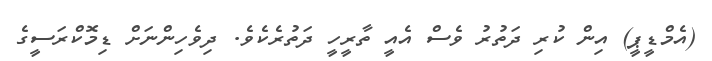
(އެމްޑީޕީ) އިން ކުރި ދަތުރު ވެސް އެއީ ތާރީހީ ދަތުރެކެވެ. ދިވެހިންނަށް ޑިމޮކްރަސީގެ